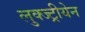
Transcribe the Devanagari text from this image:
लुक्ज्ट्रीयेन